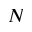
N